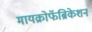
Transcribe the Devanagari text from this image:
मायक्रोफॅब्रिकेशन